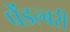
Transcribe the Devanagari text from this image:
पेंडल्बरी